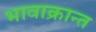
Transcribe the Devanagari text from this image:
भावाक्रान्त